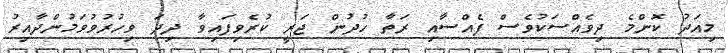
މިއަދު ކޮންމެ ދިވެއްސަކުވެސް ފެއްސާއި ރަތާ ހުދުން ޖަރީ ކުރެވިފައިވާ ދިދަ ވިހުރުވުވަމުންދާއިރު